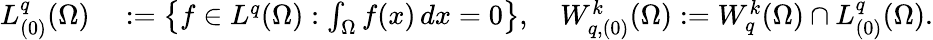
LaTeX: \begin{array}{rl}{L_{(0)}^{q}(\Omega)}&{{}:=\left\{ f\in L^{q}(\Omega):\int_{\Omega}f(x)\, dx=0\right\} ,\quad W_{q,(0)}^{k}(\Omega):=W_{q}^{k}(\Omega)\cap L_{(0)}^{q}(\Omega).}\end{array}